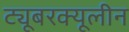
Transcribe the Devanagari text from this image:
ट्यूबरक्यूलीन